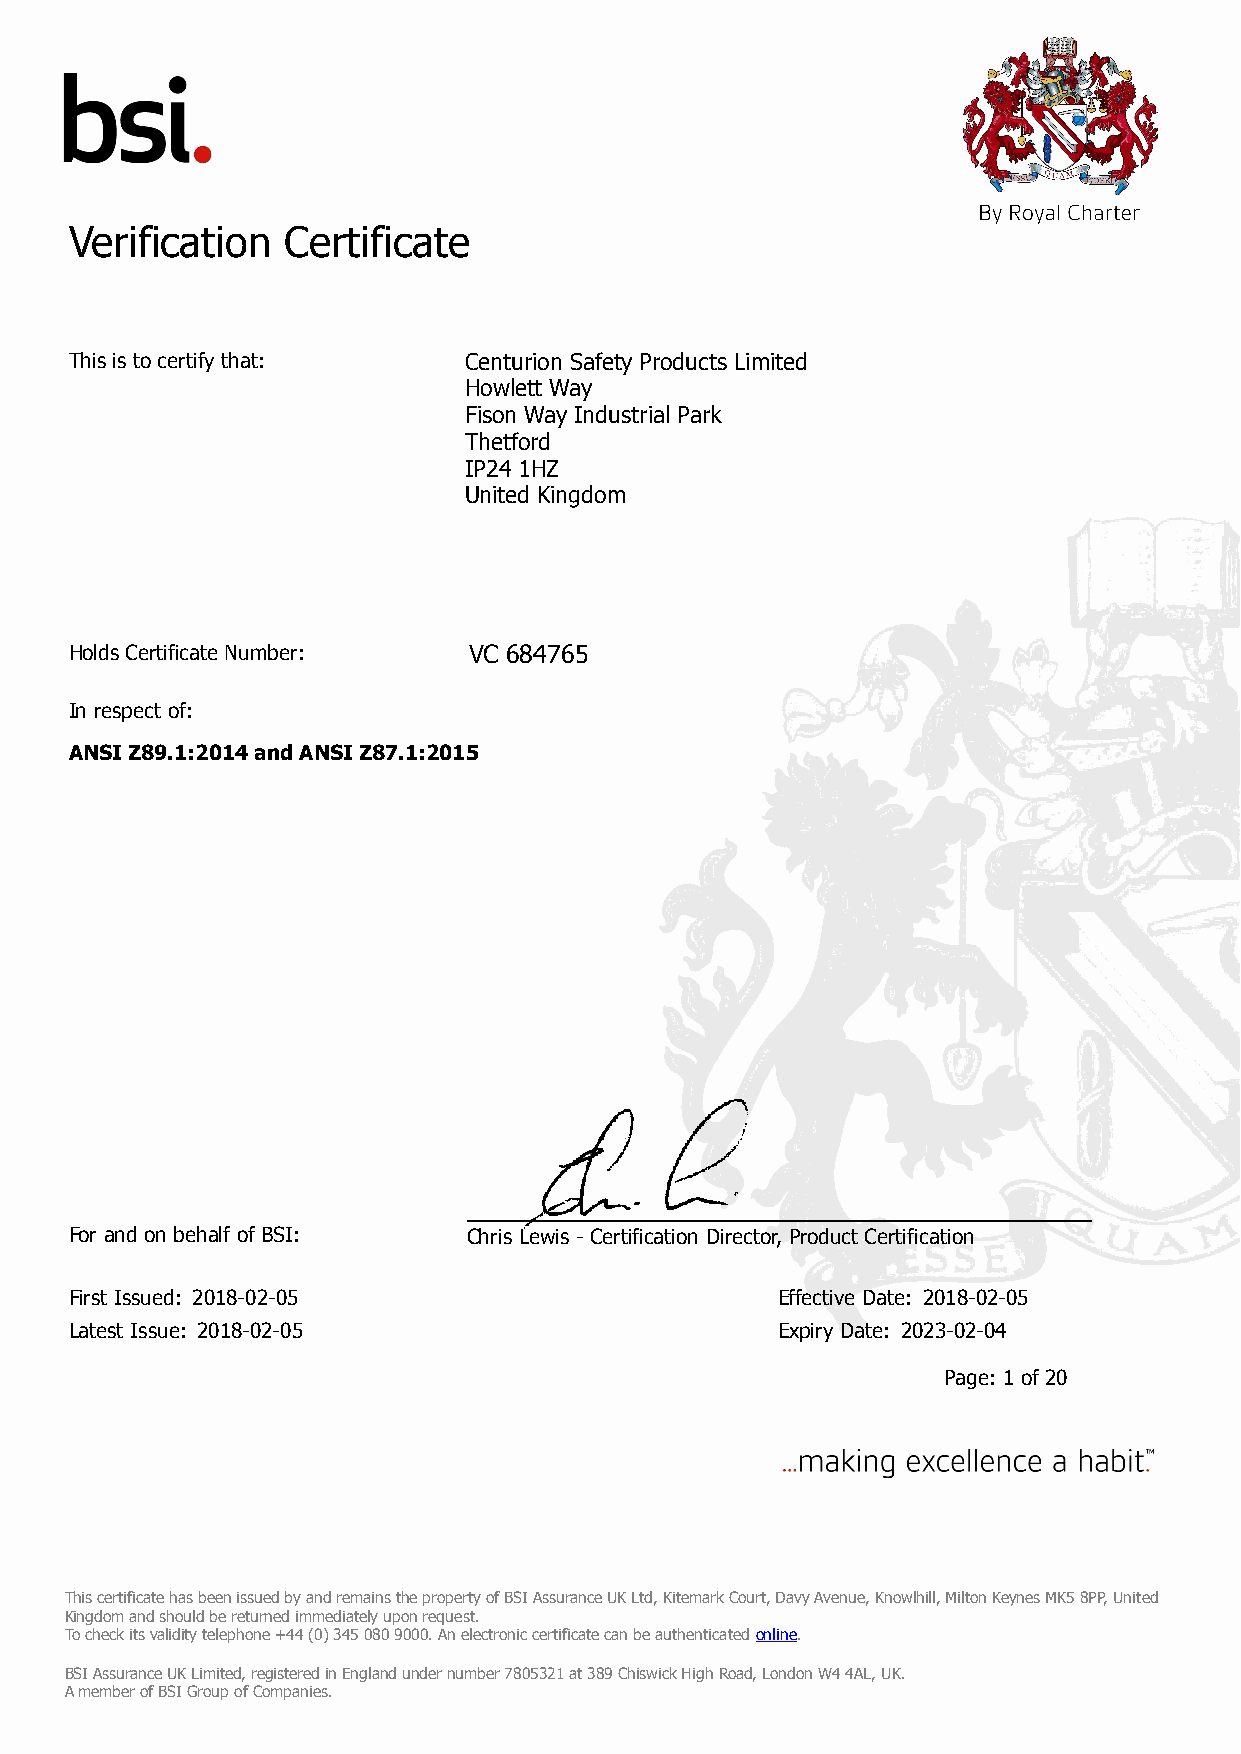
Verification Certificate
 Verification  Certificate
 No. VC 684765
 This is to certify that:  Centurion Safety Products Limited
 Howlett Way
 Fison Way Industrial Park
 Thetford
 IP24 1HZ
 United Kingdom
 Holds Certificate Number: VC 684765
 In respect of:
 ANSI Z89.1:2014 and ANSI Z87.1:2015
 For and on behalf of BSI: Chris Lewis - Certification Director, Product Certification
 First Issued: 2018-02-05                      Effective Date: 2018-02-05
 Latest Issue: 2018-02-05                      Expiry Date: 2023-02-04
 Page: 1 of 20
 First Issued: 2018-02-05                      Effective Date: 2018-02-05
 Latest Issue: 2018-02-05                      Expiry Date: 2023-02-04
 Page: 1 of 20
 TThhiiss cceerrttiiffiiccaattee hhaass bbeeeenn iissssuueedd bbyy aanndd rreemmaaiinnss tthhee pprrooppeerrttyy ooff BBSSII AAssssuurraannccee UUKK LLttdd,, KKiitteemmaarrkk CCoouurrtt,, DDaavvyy AAvveennuuee,, KKnnoowwllhhiillll,, MMiillttoonn KKeeyynneess MMKK55 88PPPP,, UUnniitteedd
 KKiinnggddoomm aanndd sshhoouulldd bbee rreettuurrnneedd iimmmmeeddiiaatteellyy uuppoonn rreeqquueesstt..
 TToo cchheecckk iittss vvaalliiddiittyy tteelleepphhoonnee ++4444 ((00)) 334455 008800 99000000.. AAnn eelleeccttrroonniicc cceerrttiiffiiccaattee ccaann bbee aauutthheennttiiccaatteedd oonnlliinnee..
 BBSSII AAssssuurraannccee UUKK LLiimmiitteedd,, rreeggiisstteerreedd iinn EEnnggllaanndd uunnddeerr nnuummbbeerr 77880055332211 aatt 338899 CChhiisswwiicckk HHiigghh RRooaadd,, LLoonnddoonn WW44 44AALL,, UUKK..
 AA mmeemmbbeerr ooff BBSSII GGrroouupp ooff CCoommppaanniieess..